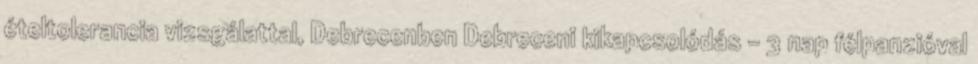
ételtolerancia vizsgálattal, Debrecenben Debreceni kikapcsolódás - 3 nap félpanzióval